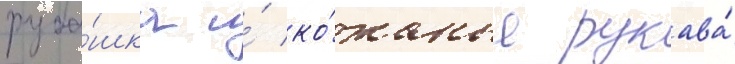
руба́шка и́ ко́жаные рукава́